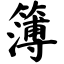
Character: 簿